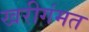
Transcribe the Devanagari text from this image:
खरीगंमत